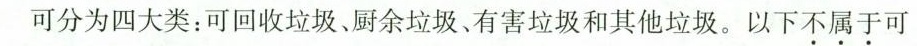
可分为四大类：可回收垃圾、厨余垃圾。有害垃圾和其他垃圾。以下不属于可